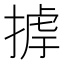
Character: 𢰵